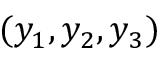
( y _ { 1 } , y _ { 2 } , y _ { 3 } )